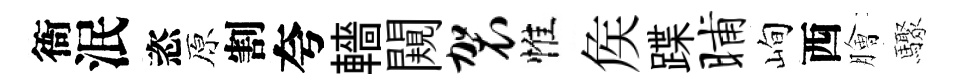
衙泯恣原割夸轖闚袈惟矦蹀晡峋西膾驟